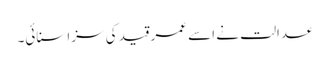
عدالت نے اسے عمر قید کی سزا سنائی۔